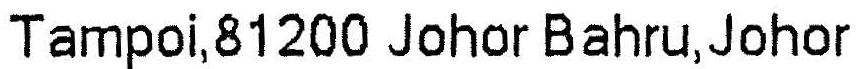
TAMPOI,81200 JOHOR BAHRU,JOHOR